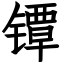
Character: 镡